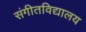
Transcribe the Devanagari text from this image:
संगीतविद्यालय